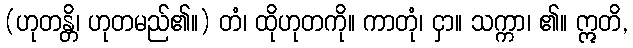
(ဟုတန္တိ၊ ဟုတမည်၏။) တံ၊ ထိုဟုတကို။ ကာတုံ၊ ငှာ။ သက္ကာ၊ ၏။ ဣတိ,